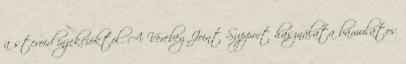
a steroid injekcióktól. A Verebey Joint Support használata bámulatos